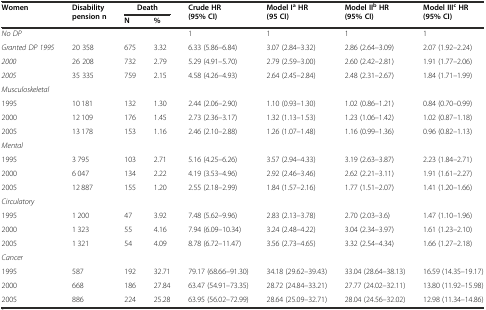
<table><thead><tr><td rowspan="2"><b>Women</b></td><td rowspan="2"><b>Disability pension n</b></td><td><b>Death</b></td><td></td><td rowspan="2"><b>Crude HR (95% CI)</b></td><td rowspan="2"><b>Model I<sup>a</sup>HR (95 CI)</b></td><td rowspan="2"><b>Model II<sup>b</sup>HR (95% CI)</b></td><td rowspan="2"><b>Model III<sup>c</sup>HR (95% CI)</b></td></tr><tr><td><b>N</b></td><td><b>%</b></td></tr></thead><tbody><tr><td><i>No DP</i></td><td></td><td></td><td></td><td>1</td><td>1</td><td>1</td><td>1</td></tr><tr><td><i>Granted DP 1995</i></td><td>20 358</td><td>675</td><td>3.32</td><td>6.33 (5.86–6.84)</td><td>3.07 (2.84–3.32)</td><td>2.86 (2.64–3.09)</td><td>2.07 (1.92–2.24)</td></tr><tr><td><i>2000</i></td><td>26 208</td><td>732</td><td>2.79</td><td>5.29 (4.91–5.70)</td><td>2.79 (2.59–3.00)</td><td>2.60 (2.42–2.81)</td><td>1.91 (1.77–2.06)</td></tr><tr><td><i>2005</i></td><td>35 335</td><td>759</td><td>2.15</td><td>4.58 (4.26–4.93)</td><td>2.64 (2.45–2.84)</td><td>2.48 (2.31–2.67)</td><td>1.84 (1.71–1.99)</td></tr><tr><td><i>Musculoskeletal</i></td><td></td><td></td><td></td><td></td><td></td><td></td><td></td></tr><tr><td>1995</td><td>10 181</td><td>132</td><td>1.30</td><td>2.44 (2.06–2.90)</td><td>1.10 (0.93–1.30)</td><td>1.02 (0.86–1.21)</td><td>0.84 (0.70–0.99)</td></tr><tr><td>2000</td><td>12 109</td><td>176</td><td>1.45</td><td>2.73 (2.36–3.17)</td><td>1.32 (1.13–1.53)</td><td>1.23 (1.06–1.42)</td><td>1.02 (0.87–1.18)</td></tr><tr><td>2005</td><td>13 178</td><td>153</td><td>1.16</td><td>2.46 (2.10–2.88)</td><td>1.26 (1.07–1.48)</td><td>1.16 (0.99–1.36)</td><td>0.96 (0.82–1.13)</td></tr><tr><td><i>Mental</i></td><td></td><td></td><td></td><td></td><td></td><td></td><td></td></tr><tr><td>1995</td><td>3 795</td><td>103</td><td>2.71</td><td>5.16 (4.25–6.26)</td><td>3.57 (2.94–4.33)</td><td>3.19 (2.63–3.87)</td><td>2.23 (1.84–2.71)</td></tr><tr><td>2000</td><td>6 047</td><td>134</td><td>2.22</td><td>4.19 (3.53–4.96)</td><td>2.92 (2.46–3.46)</td><td>2.62 (2.21–3.11)</td><td>1.91 (1.61–2.27)</td></tr><tr><td>2005</td><td>12 887</td><td>155</td><td>1.20</td><td>2.55 (2.18–2.99)</td><td>1.84 (1.57–2.16)</td><td>1.77 (1.51–2.07)</td><td>1.41 (1.20–1.66)</td></tr><tr><td colspan="2"><i>Circulatory</i></td><td></td><td></td><td></td><td></td><td></td><td></td></tr><tr><td>1995</td><td>1 200</td><td>47</td><td>3.92</td><td>7.48 (5.62–9.96)</td><td>2.83 (2.13–3.78)</td><td>2.70 (2.03–3.6)</td><td>1.47 (1.10–1.96)</td></tr><tr><td>2000</td><td>1 323</td><td>55</td><td>4.16</td><td>7.94 (6.09–10.34)</td><td>3.24 (2.48–4.22)</td><td>3.04 (2.34–3.97)</td><td>1.61 (1.23–2.10)</td></tr><tr><td>2005</td><td>1 321</td><td>54</td><td>4.09</td><td>8.78 (6.72–11.47)</td><td>3.56 (2.73–4.65)</td><td>3.32 (2.54–4.34)</td><td>1.66 (1.27–2.18)</td></tr><tr><td><i>Cancer</i></td><td></td><td></td><td></td><td></td><td></td><td></td><td></td></tr><tr><td>1995</td><td>587</td><td>192</td><td>32.71</td><td>79.17 (68.66–91.30)</td><td>34.18 (29.62–39.43)</td><td>33.04 (28.64–38.13)</td><td>16.59 (14.35–19.17)</td></tr><tr><td>2000</td><td>668</td><td>186</td><td>27.84</td><td>63.47 (54.91–73.35)</td><td>28.72 (24.84–33.21)</td><td>27.77 (24.02–32.11)</td><td>13.80 (11.92–15.98)</td></tr><tr><td>2005</td><td>886</td><td>224</td><td>25.28</td><td>63.95 (56.02–72.99)</td><td>28.64 (25.09–32.71)</td><td>28.04 (24.56–32.02)</td><td>12.98 (11.34–14.86)</td></tr></tbody></table>